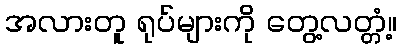
အလားတူ ရုပ်များကို တွေ့လတ္တံ့။